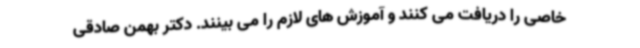
خاصی را دریافت می کنند و آموزش های لازم را می بینند. دکتر بهمن صادقی